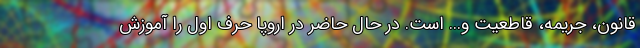
قانون، جریمه، قاطعیت و... است. در حال حاضر در اروپا حرف اول را آموزش